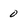
Character: 0